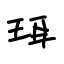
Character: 珥